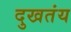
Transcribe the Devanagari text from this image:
दुखतंय